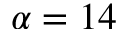
\alpha = 1 4